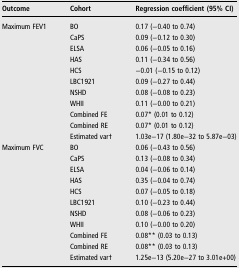
<table><thead><tr><td><b>Outcome</b></td><td><b>Cohort</b></td><td><b>Regression coefficient (95% CI)</b></td></tr></thead><tbody><tr><td>Maximum FEV1</td><td>BO</td><td>0.17 (−0.40 to 0.74)</td></tr><tr><td></td><td>CaPS</td><td>0.09 (−0.12 to 0.30)</td></tr><tr><td></td><td>ELSA</td><td>0.06 (−0.05 to 0.16)</td></tr><tr><td></td><td>HAS</td><td>0.11 (−0.34 to 0.56)</td></tr><tr><td></td><td>HCS</td><td>−0.01 (−0.15 to 0.12)</td></tr><tr><td></td><td>LBC1921</td><td>0.09 (−0.27 to 0.44)</td></tr><tr><td></td><td>NSHD</td><td>0.08 (−0.08 to 0.23)</td></tr><tr><td></td><td>WHII</td><td>0.11 (−0.00 to 0.21)</td></tr><tr><td></td><td>Combined FE</td><td>0.07* (0.01 to 0.12)</td></tr><tr><td></td><td>Combined RE</td><td>0.07* (0.01 to 0.12)</td></tr><tr><td></td><td>Estimated var†</td><td>1.03e−17 (1.80e−32 to 5.87e−03)</td></tr><tr><td>Maximum FVC</td><td>BO</td><td>0.06 (−0.43 to 0.56)</td></tr><tr><td></td><td>CaPS</td><td>0.13 (−0.08 to 0.34)</td></tr><tr><td></td><td>ELSA</td><td>0.04 (−0.06 to 0.14)</td></tr><tr><td></td><td>HAS</td><td>0.35 (−0.04 to 0.74)</td></tr><tr><td></td><td>HCS</td><td>0.07 (−0.05 to 0.18)</td></tr><tr><td></td><td>LBC1921</td><td>0.10 (−0.23 to 0.44)</td></tr><tr><td></td><td>NSHD</td><td>0.08 (−0.06 to 0.23)</td></tr><tr><td></td><td>WHII</td><td>0.10 (−0.00 to 0.20)</td></tr><tr><td></td><td>Combined FE</td><td>0.08** (0.03 to 0.13)</td></tr><tr><td></td><td>Combined RE</td><td>0.08** (0.03 to 0.13)</td></tr><tr><td></td><td>Estimated var†</td><td>1.25e−13 (5.20e−27 to 3.01e+00)</td></tr></tbody></table>